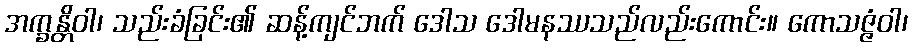
အက္ခန္တိဝါ၊ သည်းခံခြင်း၏ ဆန့်ကျင်ဘက် ဒေါသ ဒေါမနဿသည်လည်းကောင်း။ ကောသဇ္ဇံဝါ၊